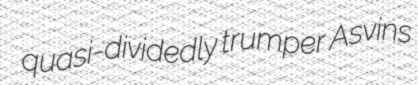
quasi-dividedly trumper Asvins